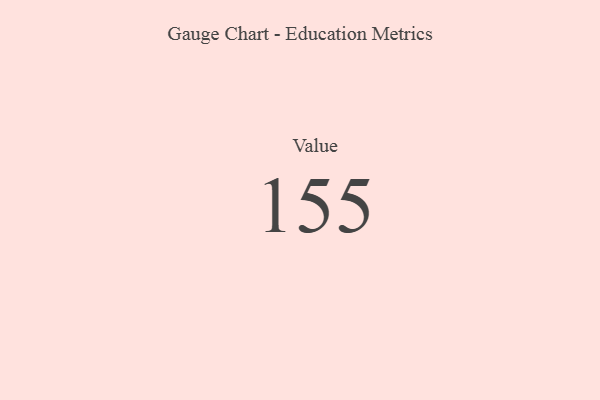
{"axis": {"x": "Metric", "y": "Value"}, "legend": [""], "data": [{"x": "Value", "y": 155, "type": ""}]}